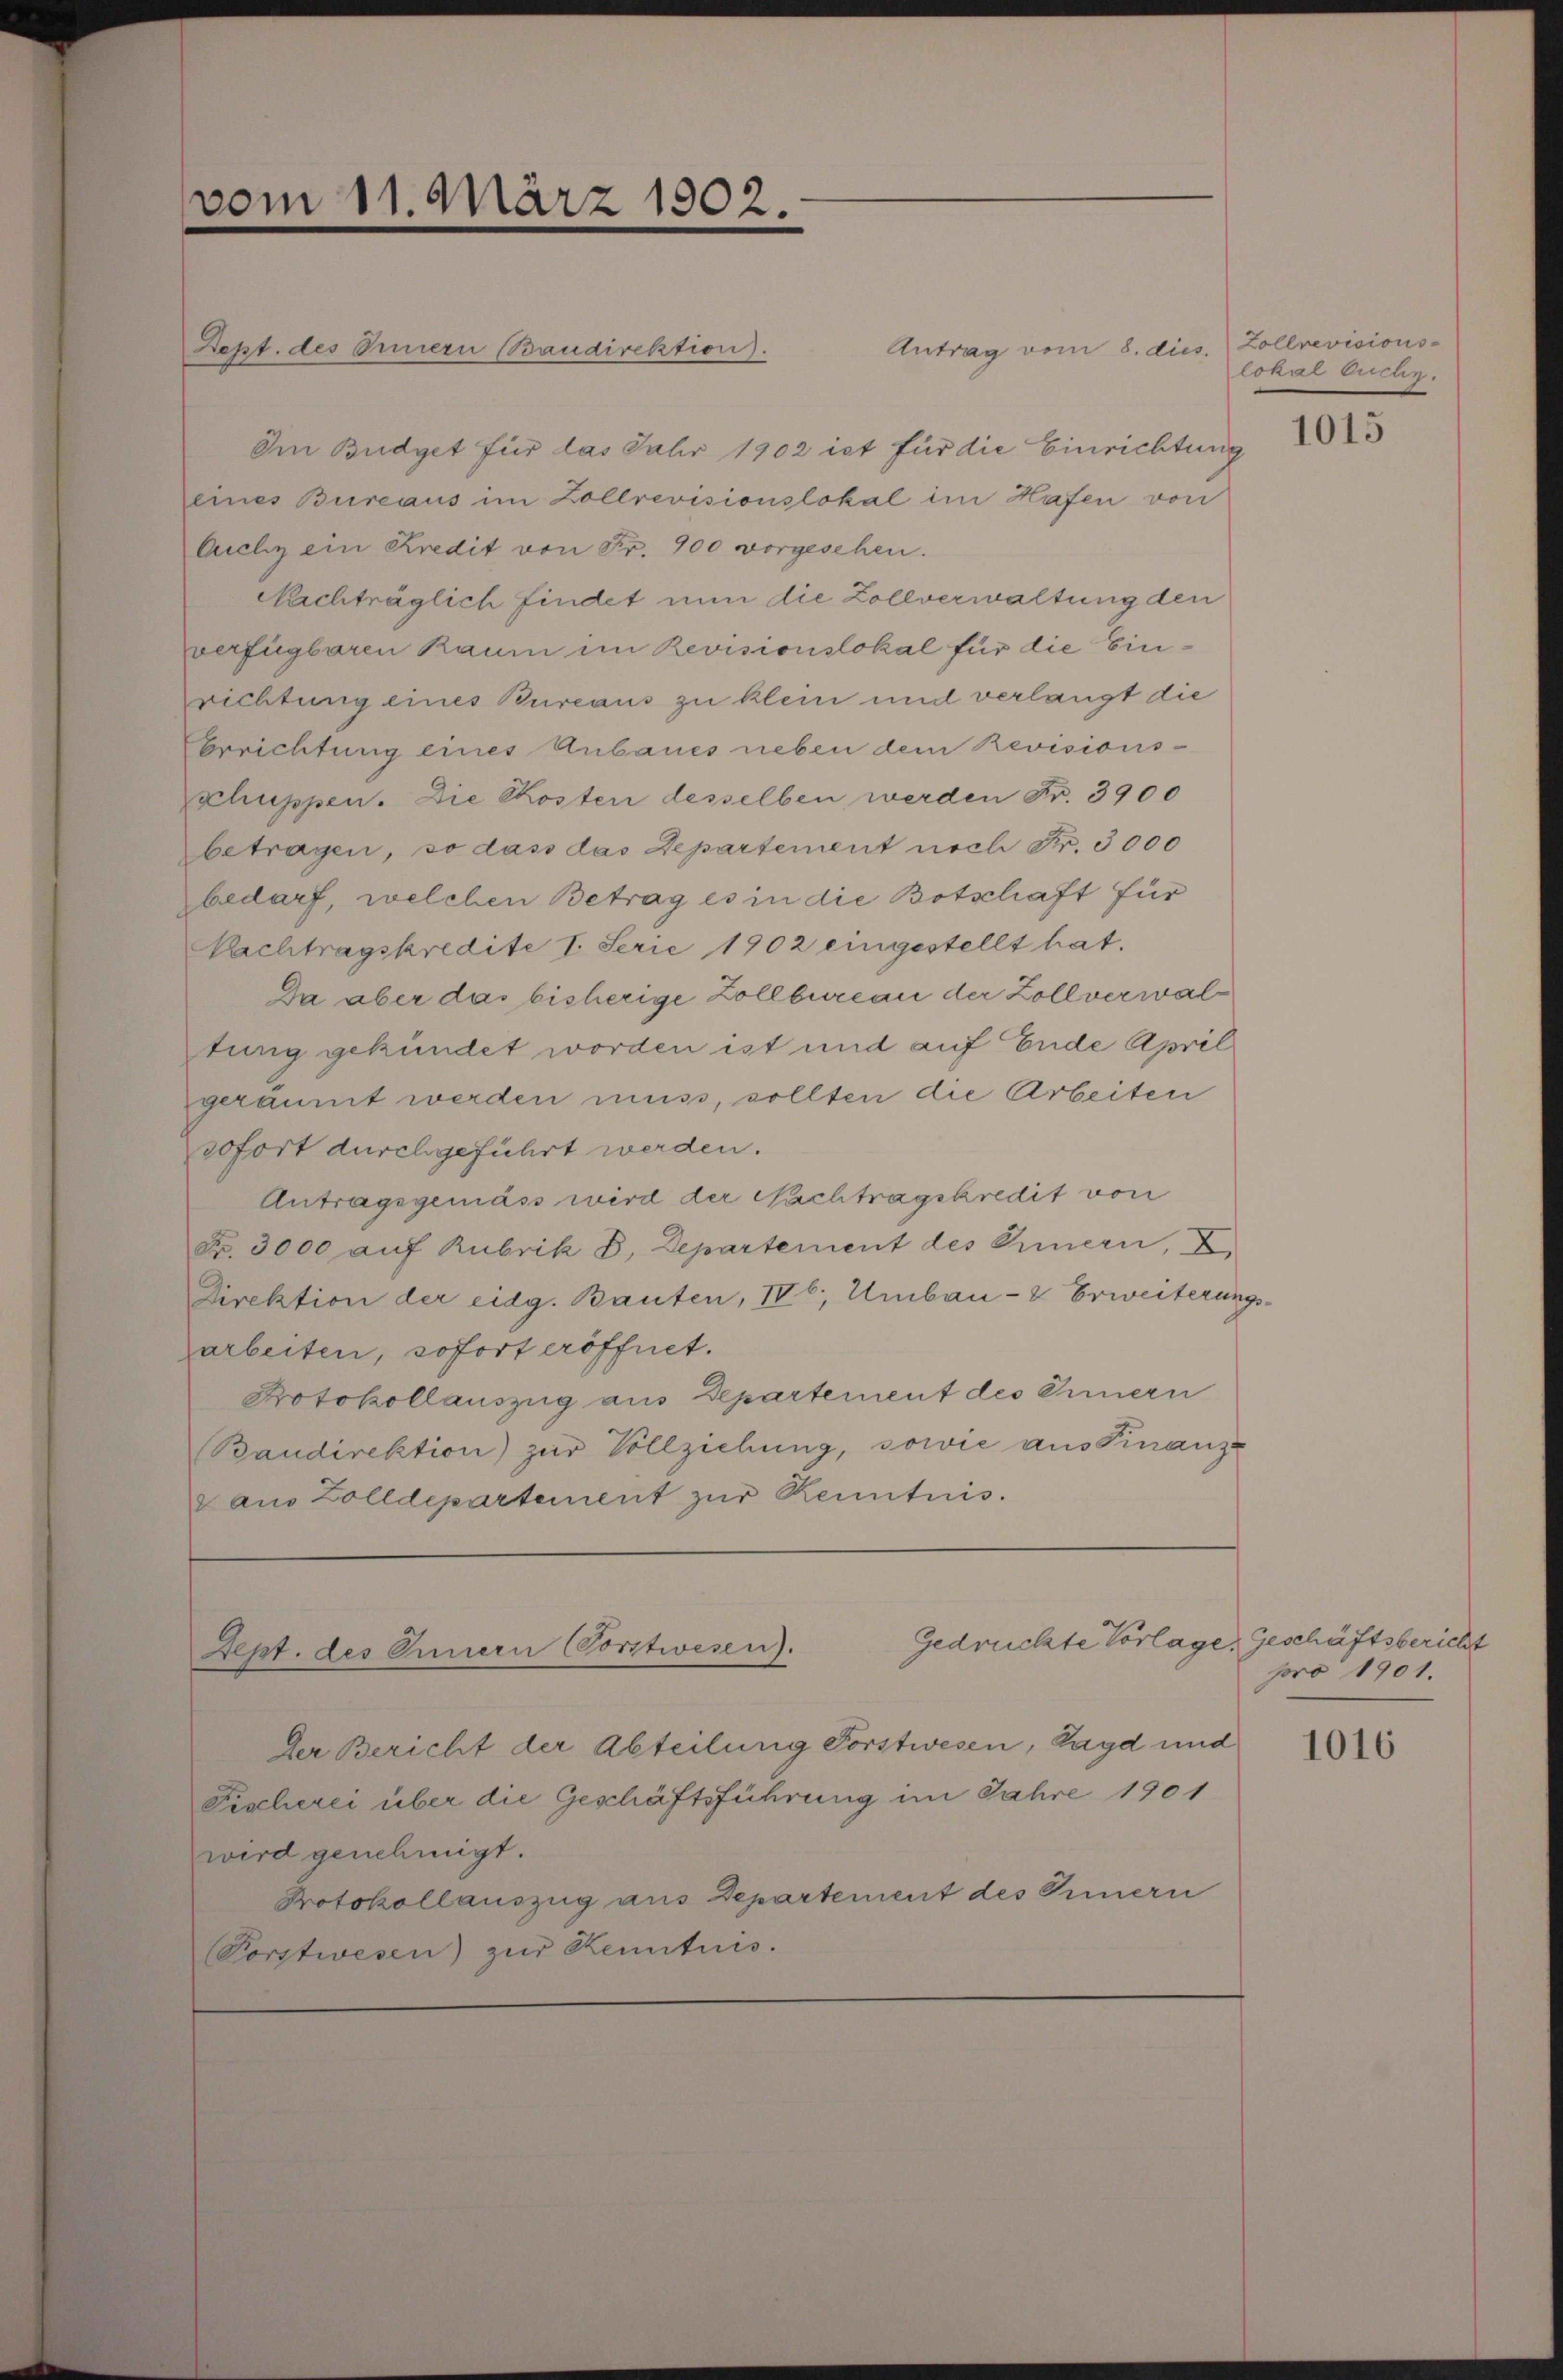
vom 11. März 1902.

Antrag vom 8. dies. Zollrevisions-
Dept. des Innern Baudirektion).
Im Budget für das Jahr 1902 ist für die Einrichtung
eines Bureaus im Zollrevisionslokal im Hafen von
Auchy ein Kredit von Fr. 900 vorgesehen.
Nachträglich findet nun die Zollverwaltung den
verfügbaren Raum im Revisionslokal für die Einrichtung eines Bureaus zu klein und verlangt die
Errichtung eines Anbaues neben dem Revisions-
schuppen. Die Kosten desselben werden Fr. 3900
betragen, so dass das Departement noch Fr. 3000
bedarf, welchen Betrag es in die Botschaft für
Nachtragskredite I. Serie 1902 eingestellt hat.
Da aber das bisherige Zollbureau der Zollverwaltung gekündet worden ist und auf Ende April
geräumt werden muss, sollten die Arbeiten
sofort durchgeführt werden.
Antragsgemäss wird der Nachtragskredit von
Fr. 3000 aŭf Rubrik B. Departement des Innern, Z
Direktion der eidg. Bauten, IV 6. Umbau- & Erweiterung
arbeiten, sofort eröffnet.
Protokollauszug aus Departement des Innern
Baudirektion zŭr Vollziehung, sowie aus Finanz-
au Zolldepartement zur Renntnis.

Gedrückte Vorlage
Dept. des Innern (Vorstwesen).

der Bericht der Abteilung Forstwesen, Pagd und
Fischerei über die Geschäftsführung im Jahre 1901
wird genehmigt.
Protokollauszug aus Departement des Innern
Porstwesen) zur Kenntnis.

lokal Orchen.

1015

Geschäftsbericht
pro 1901.

1016